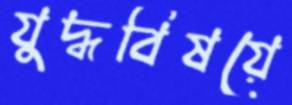
যুদ্ধবিষয়ে